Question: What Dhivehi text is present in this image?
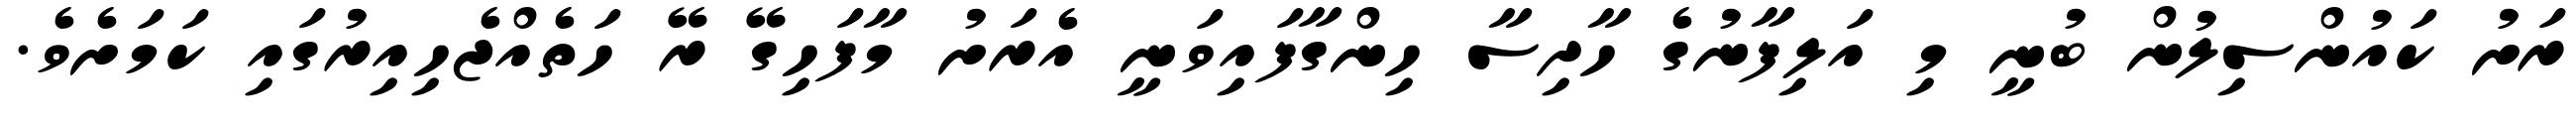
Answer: ރަށު ކައުންސިލުން ބުނީ މި އަލިފާނުގެ ހާދިސާ ހިންގާފައިވަނީ އެރަށު މާފަހިގޭ ރޭ ހަތެއްޖެހިއިރުގައި ކަމަށެވެ.